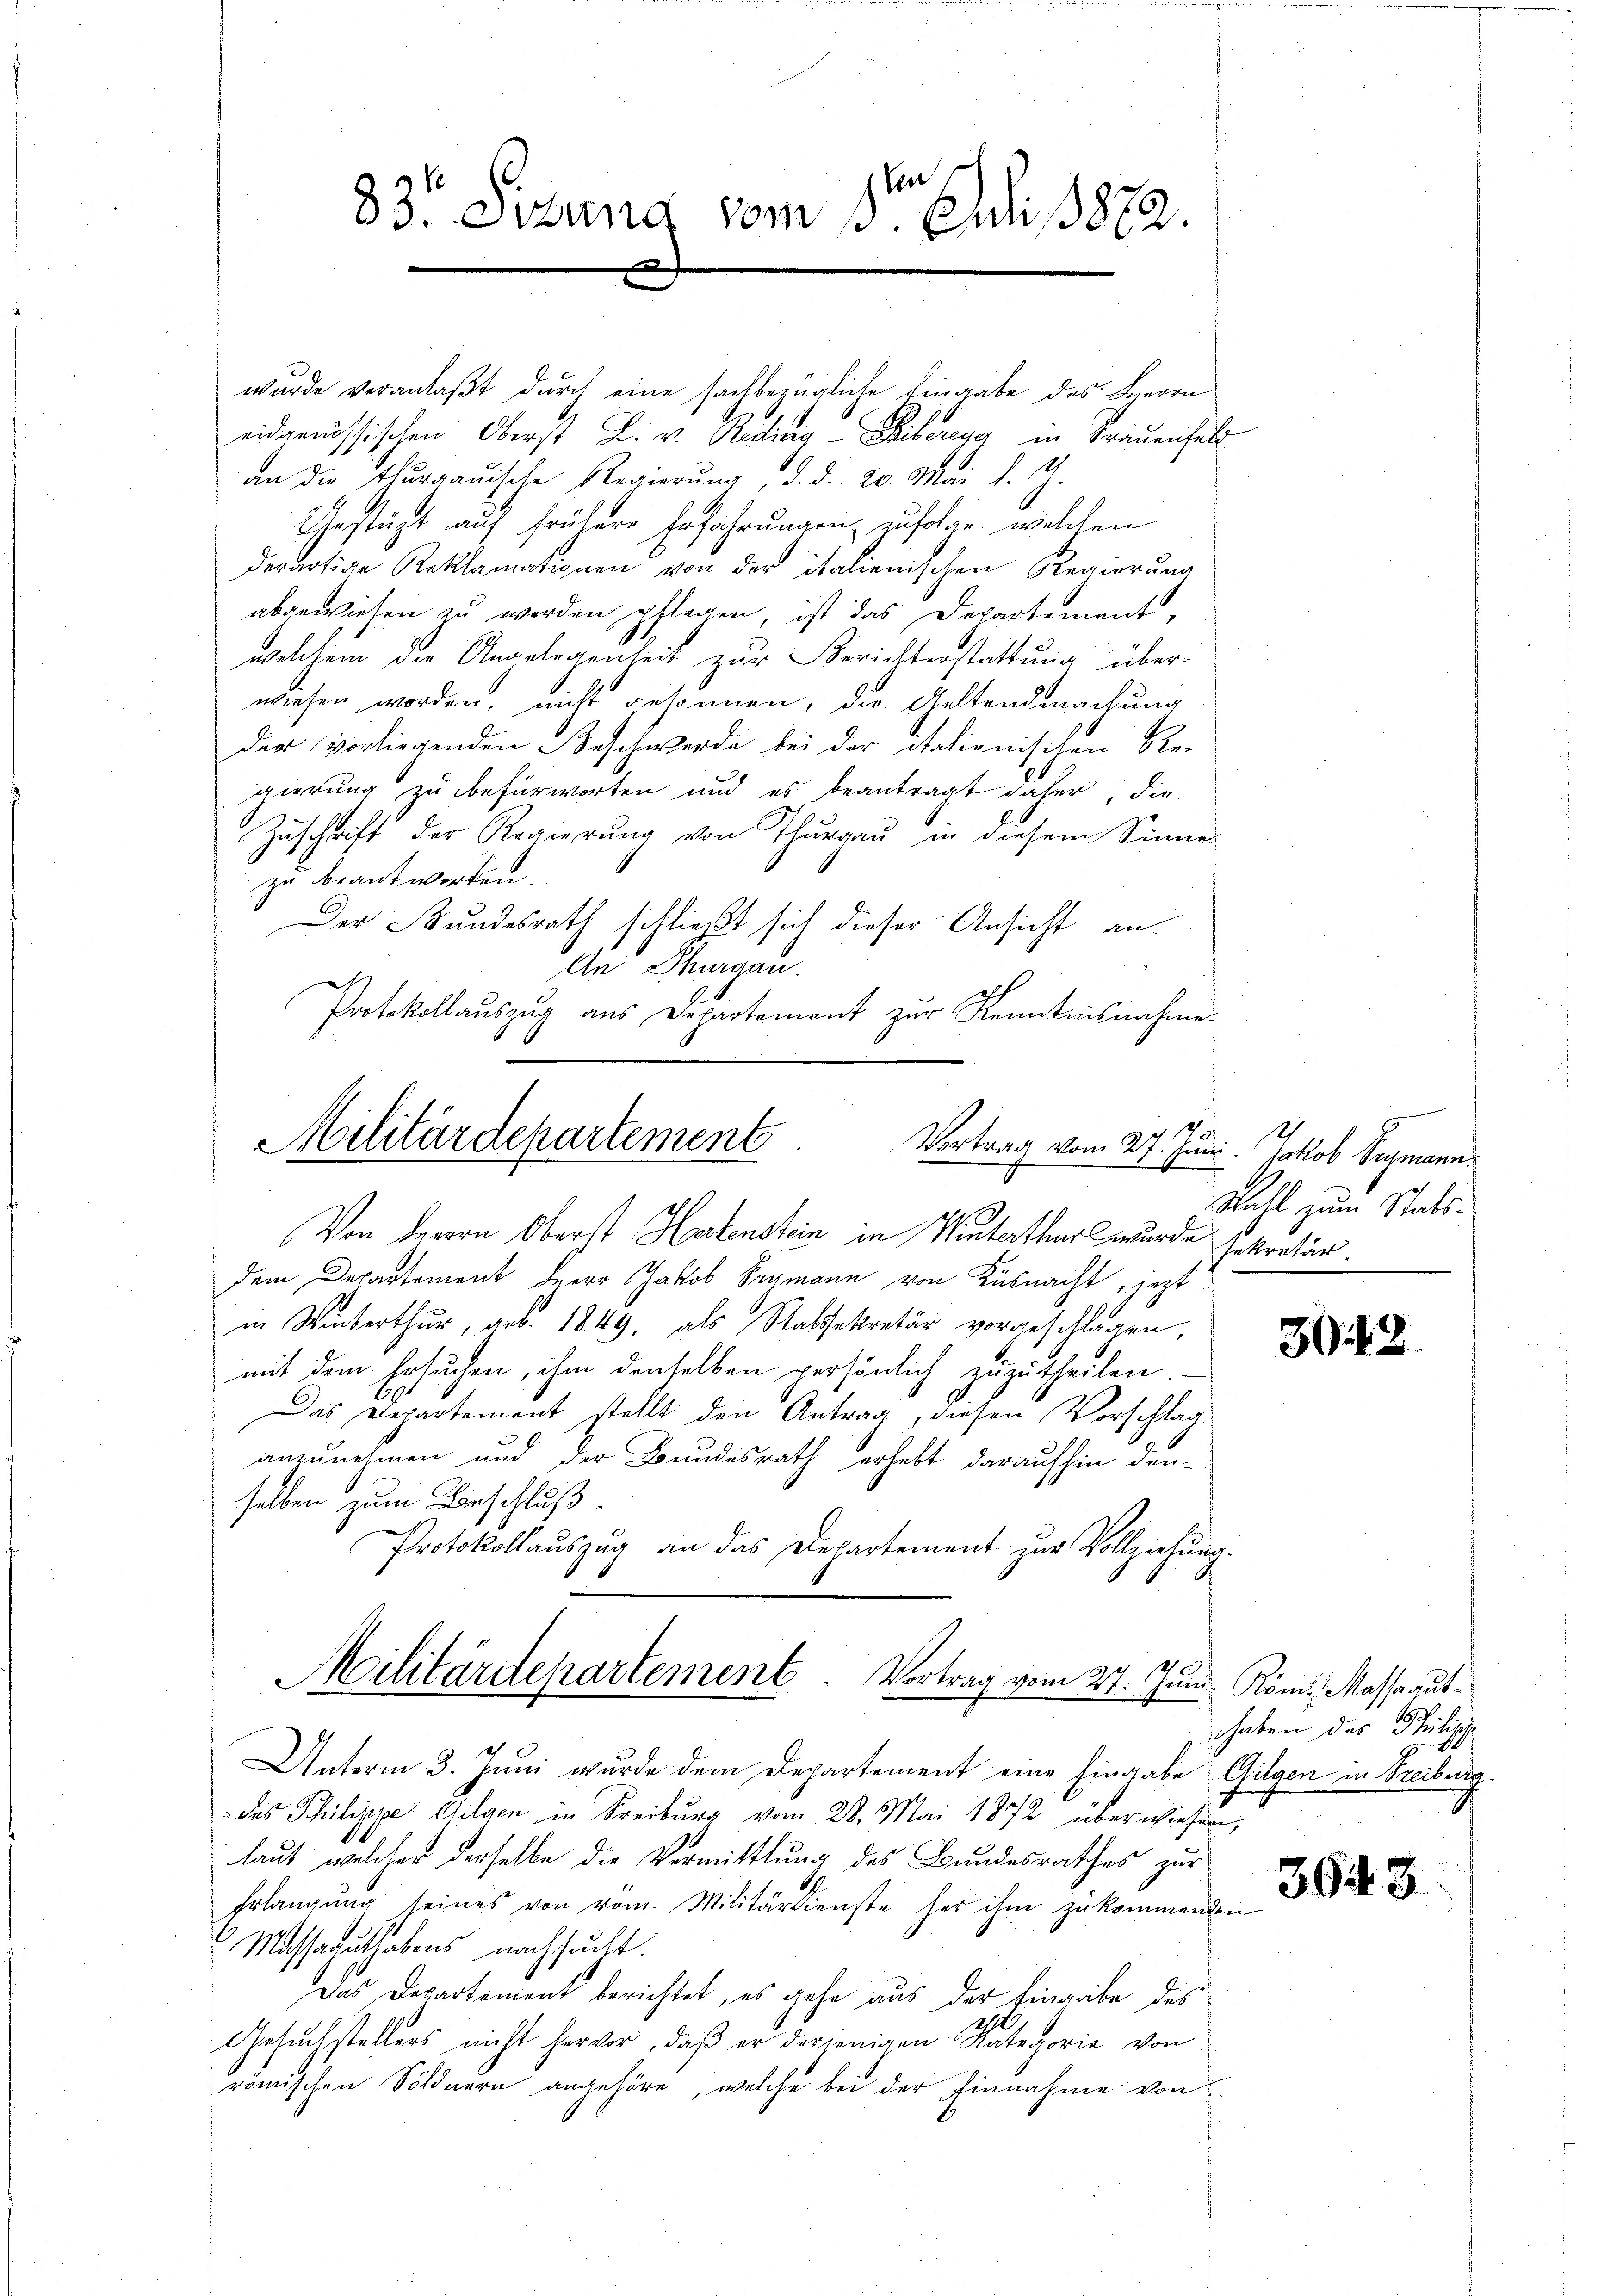
ben
83. Sitzung vom 1. Juni 1872.
x

wurde veranlaßt durch eine sachbezügliche Eingabe des Herrn
eidgenössischen Oberst L. v. Predicia - Leiberegg in Trauenfeld
an die thurgauische Regierŭng, d. d. 20. Mai d. J.
Gestützt auf frühere Erfahrungen zufolge, welchen
derartige Reklamationen von der italienischen Regierung
abgewiesen zu werden pflegen, ist das Departement,
welchem die Angelegenheit zur Berichterstattung überwiesen worden, nicht gesonnen, die Geltendmachung
der vorliegenden Beschwerde bei der dationischen Re-
gierung zu befürworten und es beantragt daher, die
Zŭschrift der Regierŭng von Thŭrgaŭ in diesem Sinne
zu beantworten.
Der Bundesrath schließt sich dieser Ansicht an.
An Thurgau.
Protokollauszug aus Departement zur Kenntnisnahme

1
Militärdepartement
Vortrag vom 27. Juni. Jakob Sigmann.

Von derern Oberst Hartenstein in Winterthurs wurde sekretär.
dem Departement der Jakob Sagmann von Küsnacht, jezt
in Winterthur, geb. 1849, als Stabssekretär vorgeschlagen,
mit dem Ersuchen, ihm denselben persönlich zuzutheilen.
b.
Das Departement stellt den Antrag, diesen Vorschlag
anzunehmen und der Bundesrath erhebt daraufhin den-
selben zum Beschluß.
Protokollauszug an das Departement zur Vollziehung.
Militärdepartement. Vortrag vom 27. Jun. Köm, Masseaut¬

Unterm 3. Juni wurde dem Departement eine Eingabe Gilgen in Freiburg.
des Philippe Gilgen in Freiburg vom 28. Mai 1872 überwiesen,
laut, welcher derselbe die Vermittlung des Bundesrathes zur
Erlangŭng seines von vom Militärdienste her ihm zukommenden
Massaguthabens nachsucht.
das Departement berichtet, es gehe aus der Eingabe des
2
Gesŭchstellers nicht hervor, daβ er derjenigen Kategorie von
römischen Söldnern angehöre, welche bei der Einnahme von

Wahl zum Statt¬

39. 412.

haben der Philische
d

3643.